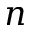
n